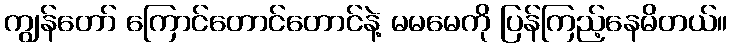
ကျွန်တော် ကြောင်တောင်တောင်နဲ့ မမမေကို ပြန်ကြည့်နေမိတယ်။